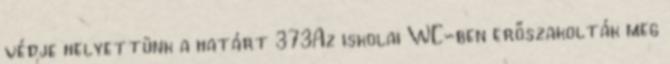
védje helyettünk a határt 373Az iskolai WC-ben erőszakolták meg